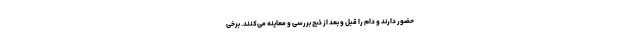
حضور دارند و دام را قبل و بعد از ذبح بررسی و معاینه می‌کنند. برخی